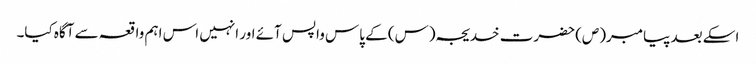
اسکے بعد پیامبر(ص) حضرت خدیجہ(س) کے پاس واپس آئے اور انہیں اس اہم واقعہ سے آگاہ کیا۔